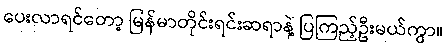
ပေးလာရင်တော့ မြန်မာတိုင်းရင်းဆရာနဲ့ ပြကြည့်ဦးမယ်ကွာ။